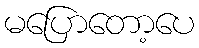
မပြောတော့ပေ